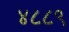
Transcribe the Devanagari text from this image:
४८८९